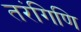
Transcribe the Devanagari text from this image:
तरंगिणि